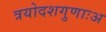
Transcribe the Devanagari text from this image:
त्रयोदशगुणाःअ